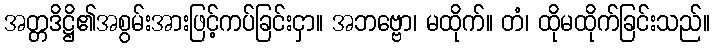
အတ္တဒိဋ္ဌိ၏အစွမ်းအားဖြင့်ကပ်ခြင်းငှာ။ အဘဗ္ဗော၊ မထိုက်။ တံ၊ ထိုမထိုက်ခြင်းသည်။